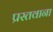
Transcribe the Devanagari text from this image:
प्रस्तवाना